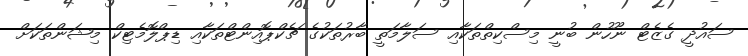
ސައުދީ ގެޒެޓް ނޫހުން ބުނީ މިސްކިތްތަކާއި ސަލާމަތީ ބާރުތަކުގެ ޗެކްޕޮއިންޓްތަކާއި ޑިޕްލޮމެޓިކް މިޝަންތަކަށް